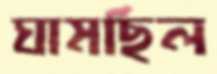
ঘামছিল